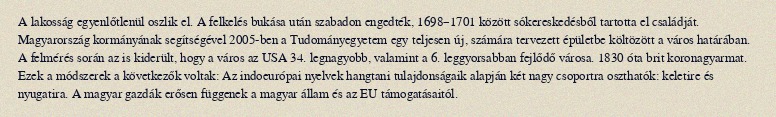
A lakosság egyenlőtlenül oszlik el. A felkelés bukása után szabadon engedték, 1698–1701 között sókereskedésből tartotta el családját. Magyarország kormányának segítségével 2005-ben a Tudományegyetem egy teljesen új, számára tervezett épületbe költözött a város határában. A felmérés során az is kiderült, hogy a város az USA 34. legnagyobb, valamint a 6. leggyorsabban fejlődő városa. 1830 óta brit koronagyarmat. Ezek a módszerek a következők voltak: Az indoeurópai nyelvek hangtani tulajdonságaik alapján két nagy csoportra oszthatók: keletire és nyugatira. A magyar gazdák erősen függenek a magyar állam és az EU támogatásaitól.